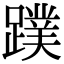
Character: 蹼